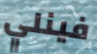
فينلي